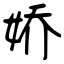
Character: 娇